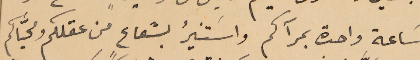
سَاعة واحدة بمرآكم واسَتنيرُ بشعاعٍ من عقلكم ومحيَّاكم